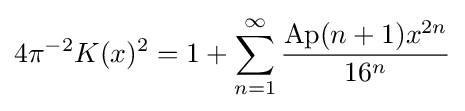
4\pi ^{-2}K(x)^{2}=1+\sum _{n=1}^{\infty }{\frac {\operatorname {Ap} (n+1)x^{2n}}{16^{n}}}